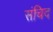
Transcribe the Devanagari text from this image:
संचिद